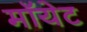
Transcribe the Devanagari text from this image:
मॉयेट